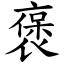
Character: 褒